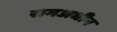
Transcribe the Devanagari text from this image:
रामअधीन